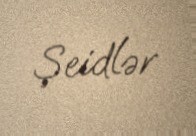
Şeidlər